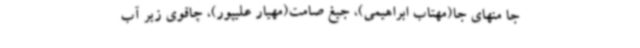
جا منهای جا(مهتاب ابراهیمی)، جیغ صامت(مهیار علیپور)، چاقوی زیر آب